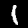
Label: 1